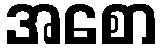
အစော